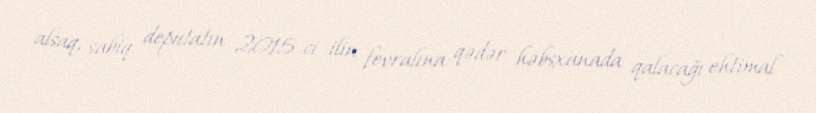
alsaq, sabiq deputatın 2015-ci ilin fevralına qədər həbsxanada qalacağı ehtimal